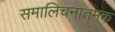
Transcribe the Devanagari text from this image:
समालिचनातमक